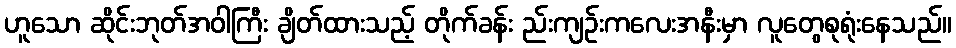
ဟူသော ဆိုင်းဘုတ်အဝါကြီး ချိတ်ထားသည့် တိုက်ခန်း ည်းကျဉ်းကလေးအနီးမှာ လူတွေစုရုံးနေသည်။